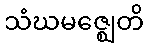
သံဃမဇ္ဈေတိ